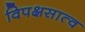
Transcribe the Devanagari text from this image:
विपक्षसात्व